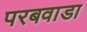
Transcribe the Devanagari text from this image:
परबवाडा